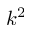
k ^ { 2 }